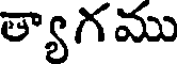
త్యాగము